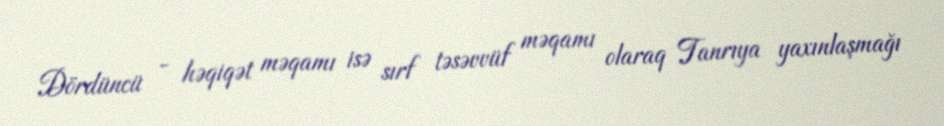
Dördüncü - həqiqət məqamı isə sırf təsəvvüf məqamı olaraq Tanrıya yaxınlaşmağı